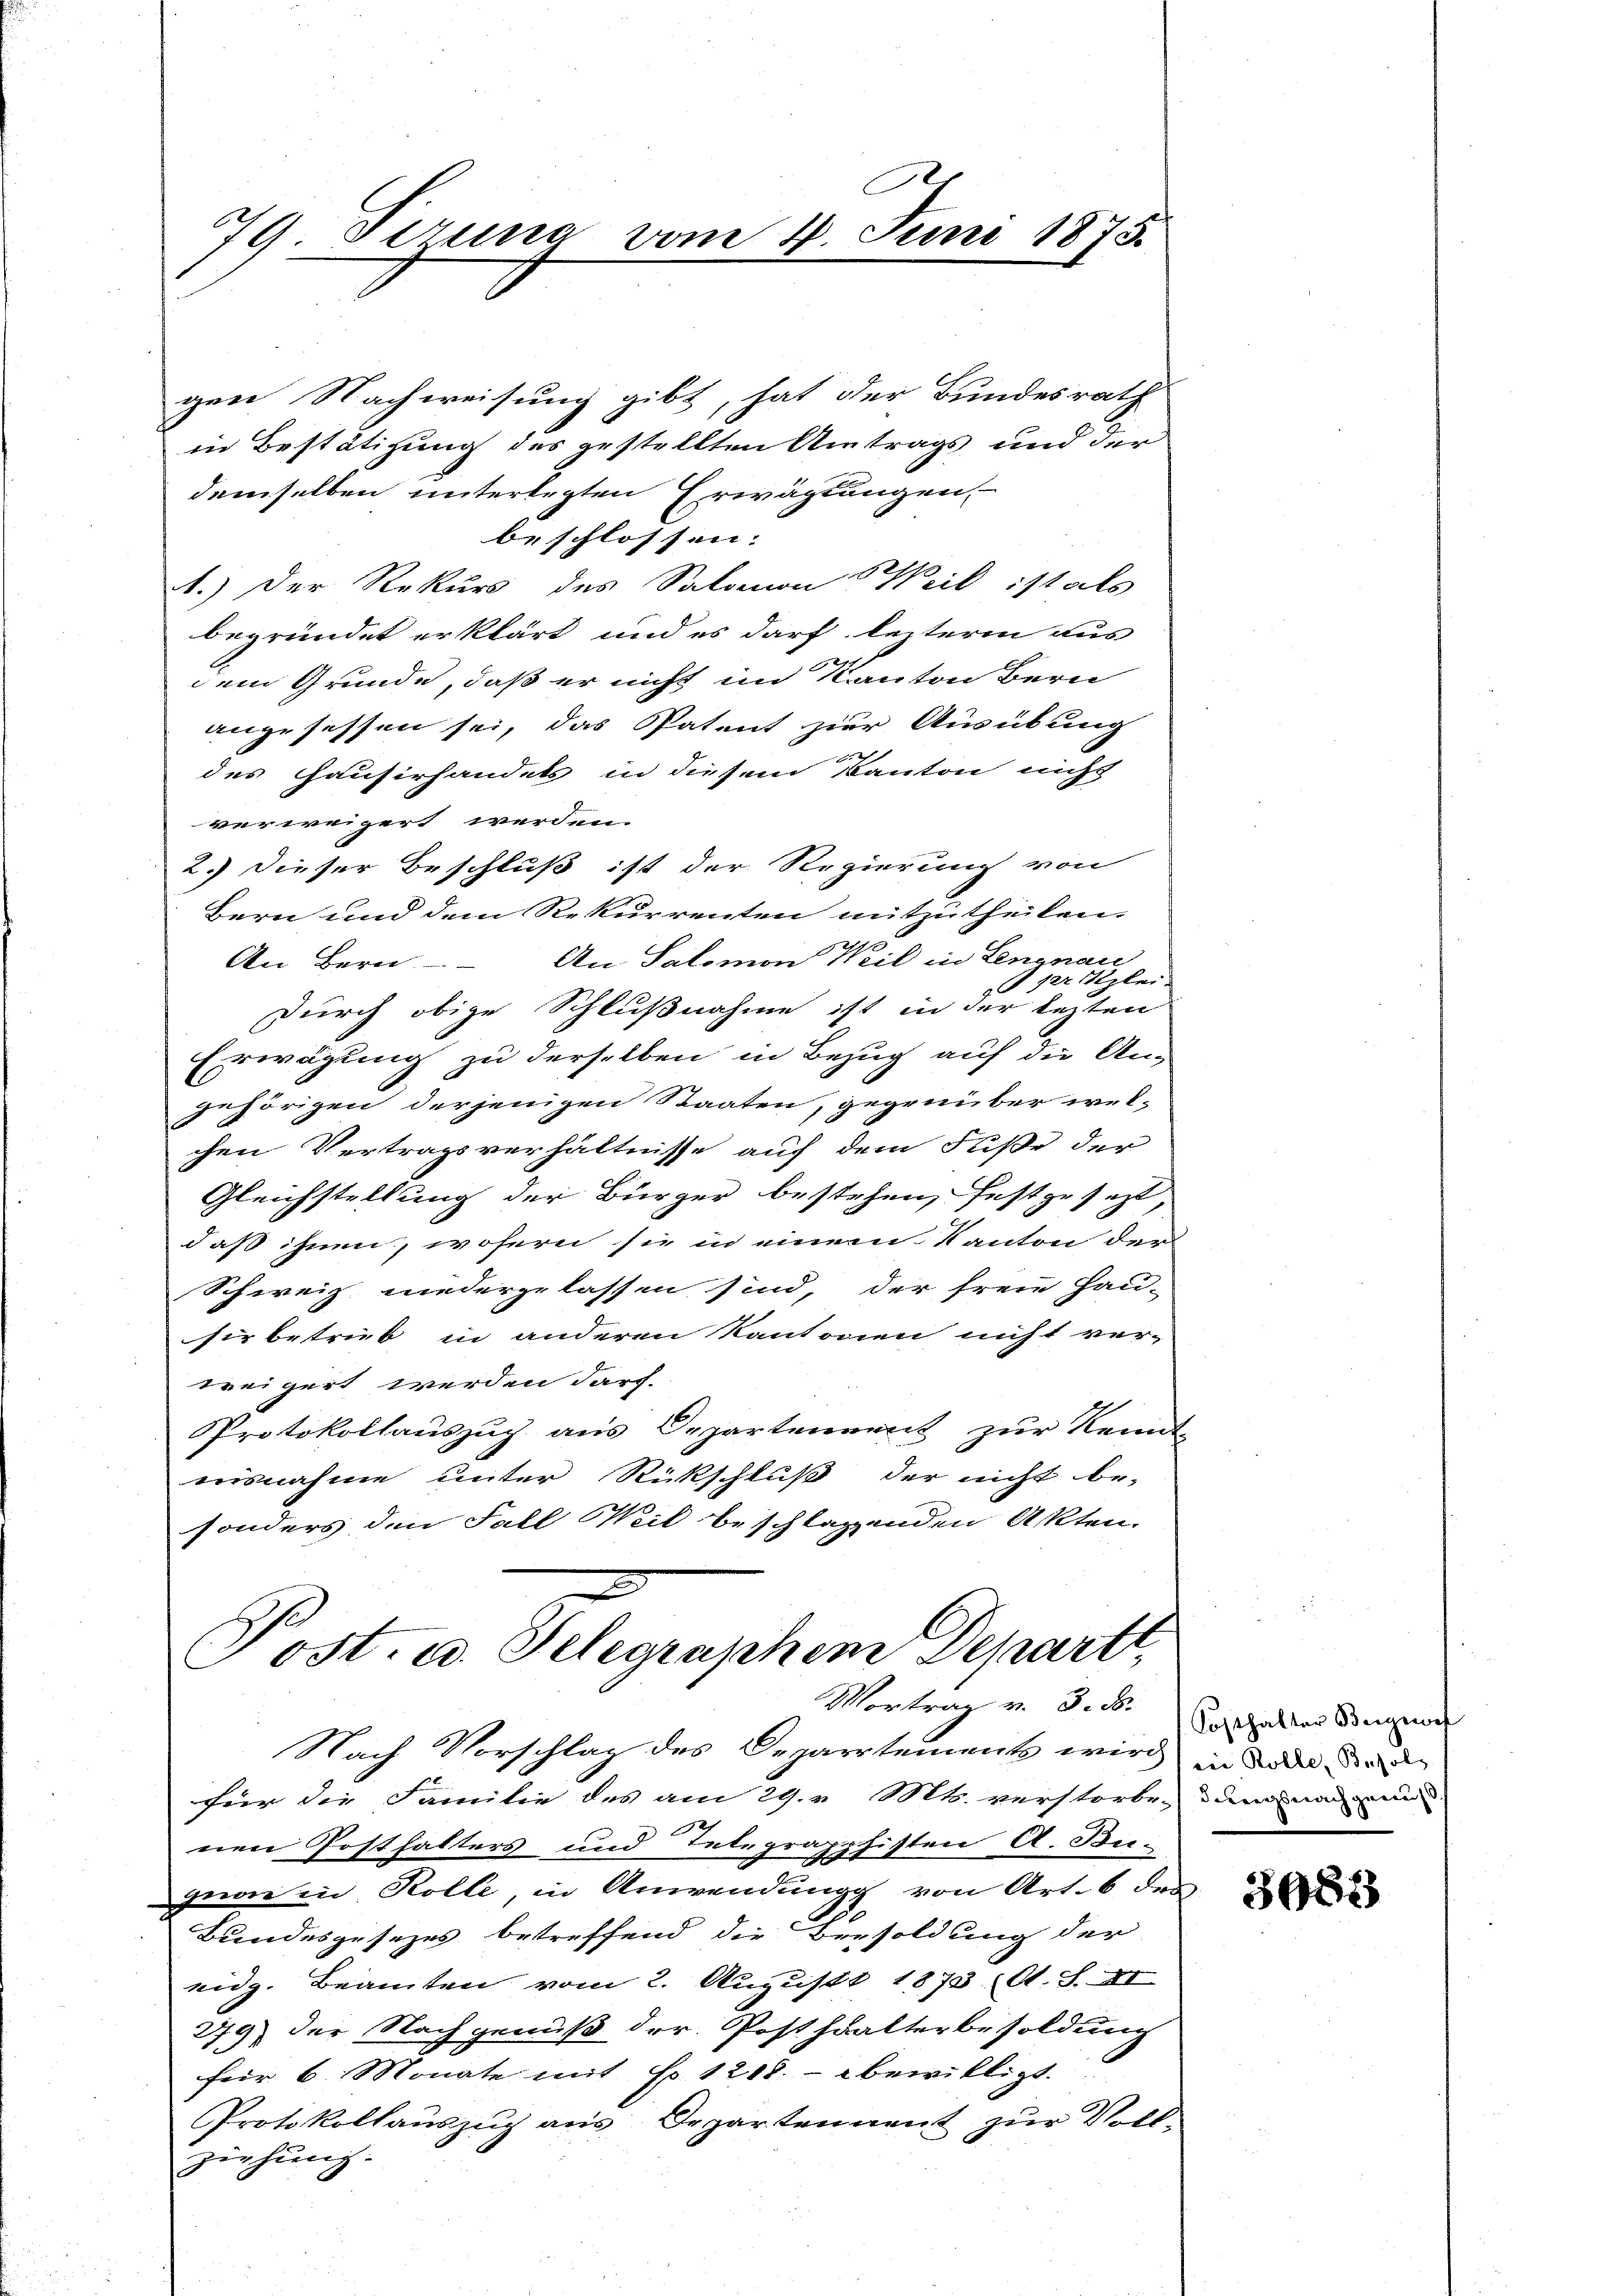
79 Pirung vom 4. Juni 1875.

gen Nachweisung gibt, hat der Bundesrath
in Bestätigung des gestellten Antrags und der
demselben unterlegten Erwägtungen,
beschlossen:
1.) Der Rekurs des Salomon Weil ist als
begründet erklärt und es darf lezterm aus
dem Grunde, daß er nicht im Kanton Bern
angesessen sei, das Patent zur Ausübung
des Hausirhandels in diesem Kanton nicht
verweigert werden.
2.) Dieser Beschluß ist der Regierung von
Bern und dem Rekurrenten mitzutheilen.
An Bern. An Salomon Weil in Lengnau
per Klei
durch obige Schlußnahme ist in der lezten
Erwägung zu derselben in Bezug auf die An-
gehörigen derjenigen Staaten, gegenüber wel-
chen Vertragsverhältnisse auf dem Fuße der
Gleichstellung der Bürger bestehen, festgesezt,
daß ihnen, wofern sie in einem Kanton der
Schweiz niedergelassen sind, der freie Hau-
sie betrüb in anderen Kantonen nicht ver-
weigert werden darf.
Protokollauszug aus Departennent zur Kennt-
ausnahme unter Rückschluß der nicht be-
sonders den Fall Weil beschlagenden Akten
Post. a. Selegraphem Departe,
Vortrag v. J. B. Sosthalter Beigewor
Nach Vorschlag des Departements wird in die de de
für die Familie des am 29. v. Mts. verstorben dann nach
nen Posthalters und Telegrapphisten A. Bu-
geon in Kolle, in Anwendung von Art. 6 des
.
Bundesgesezes betreffend die Besoldung der
eidg. Beamten vom 2. August 1873 Al. S. XI
279) der Nachgenuß der Posthalterbesoldung
für 6 Monate mit No 1218. bewilligt.
Protokollauszug aus Departennent zur Voll-
ziehung.

3088